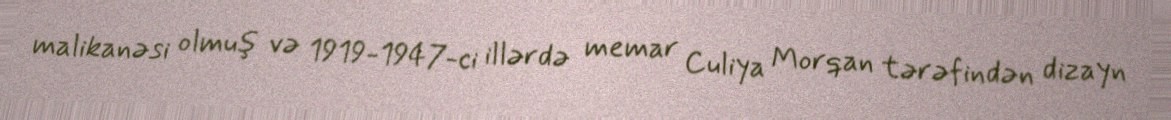
malikanəsi olmuş və 1919-1947-ci illərdə memar Culiya Morqan tərəfindən dizayn